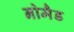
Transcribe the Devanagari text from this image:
नोमैड